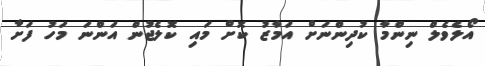
އޯލެވެލް ނިންމާ ކުދިންނަށް އަމާޒު ކޮށް މައި ކޮލެޖުން އަންނަ މަހު ފަށާ